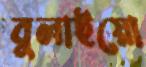
বুলাইয়ো